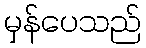
မှန်ပေသည်